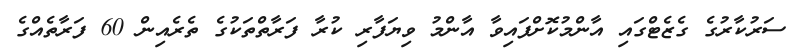
ސަރުކާރުގެ ގެޒެޓްގައި އާންމުކޮށްފައިވާ އާންމު ވިޔަފާރި ކުރާ ފަރާތްތަކުގެ ތެރެއިން 60 ފަރާތެއްގެ